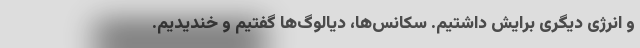
و انرژی دیگری برایش داشتیم. سکانس‌ها، دیالوگ‌ها گفتیم و خندیدیم.